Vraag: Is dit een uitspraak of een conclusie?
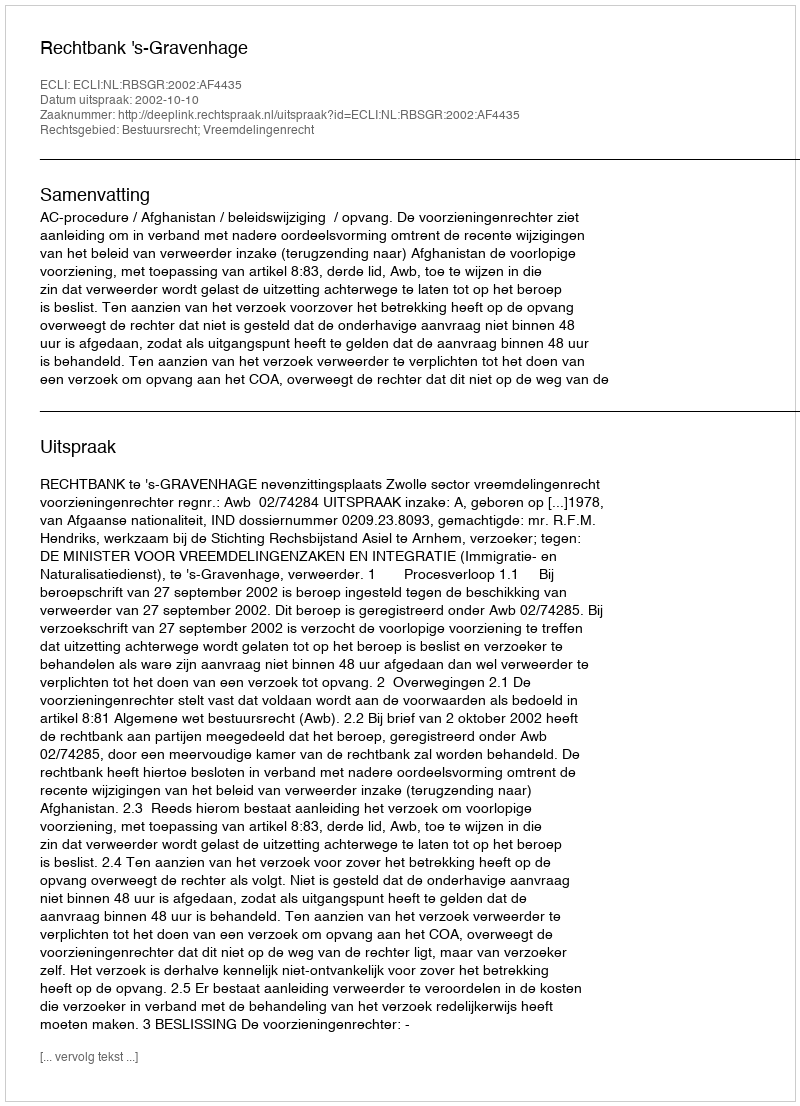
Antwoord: Uitspraak